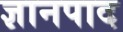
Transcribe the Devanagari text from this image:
ज्ञानपाद